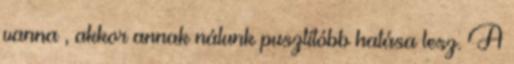
vanna , akkor annak nálunk pusztítóbb hatása lesz. A